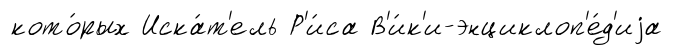
кото́рых Иска́т'ель Р'и́са В'и́к'и-энциклоп'е́д'иjа